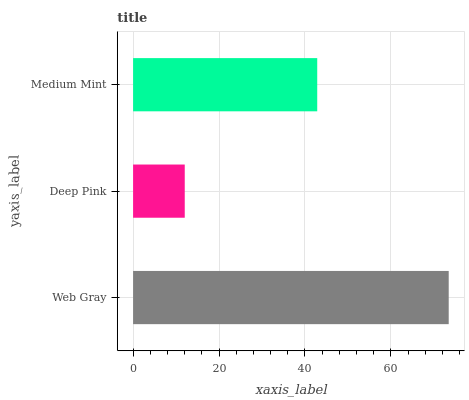
| yaxis_label | bars |
 | --- | --- |
 | Web Gray | 73.5 |
 | Deep Pink | 12 |
 | Medium Mint | 42.9 |